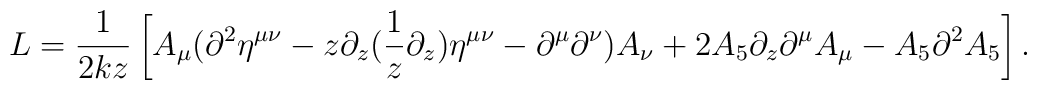
L = \frac{1}{2kz}\left[A_\mu( \partial^2 \eta^{\mu\nu}-z\partial_z(\frac{1}{z}\partial_z) \eta^{\mu\nu} -\partial^\mu\partial^\nu) A_\nu + 2A_5\partial_z \partial^\mu A_\mu -A_5 \partial^2 A_5\right].